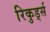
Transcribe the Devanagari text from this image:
रिकुर्ड्स